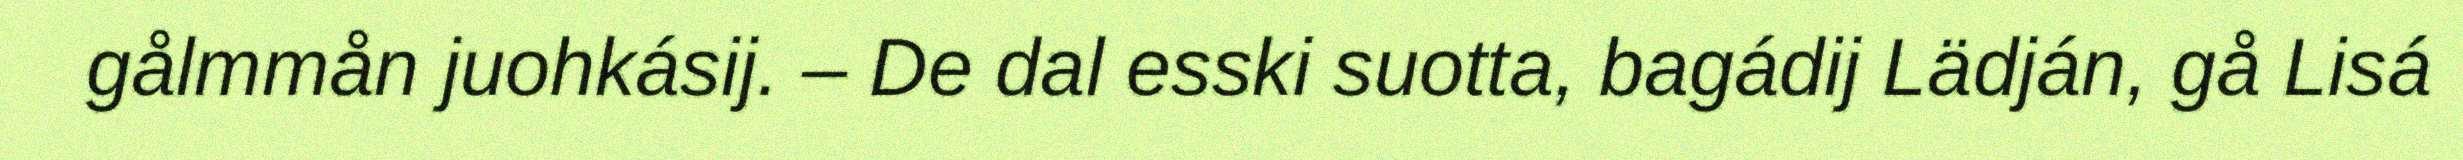
gålmmån juohkásij. – De dal esski suotta, bagádij Lädján, gå Lisá